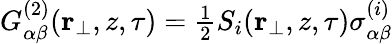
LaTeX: \begin{array}{r}{G_{\alpha\beta}^{(2)}(\textbf{r}_{\perp},z,\tau)=\frac{1}{2}S_{i}(\textbf{r}_{\perp},z,\tau)\sigma_{\alpha\beta}^{(i)}}\end{array}